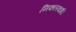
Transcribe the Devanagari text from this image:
निकलवाई।